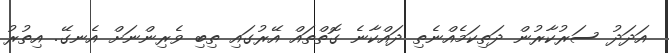
އަދަދު ސަރުކާރުން ދަތިކަމެއްނެތި ދައްކާނެ ގޮތްތައް އޭރުގައި ތިބި ވެރިންނަށް އެނގޭ. އިތުރު